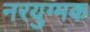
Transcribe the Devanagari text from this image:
नरयुग्मक